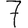
Digit: 7